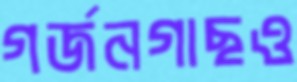
গর্জনগাছও